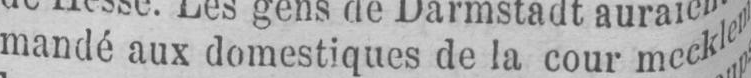
mandé aux domestiques de la cour mecklem